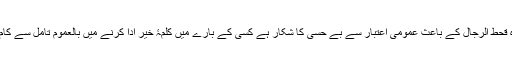
ہمارا معاشرہ قحط الرجال کے باعث عمومی اعتبار سے بے حسی کا شکار ہے کسی کے بارے میں کلمۂ خیر ادا کرنے میں بالعموم تامل سے کام لیا جاتا ہے۔